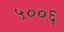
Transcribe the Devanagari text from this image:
५००६